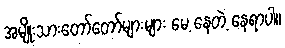
အမျိုးသားတော်တော်များများ မေ့ နေတဲ့ နေရာပါ။